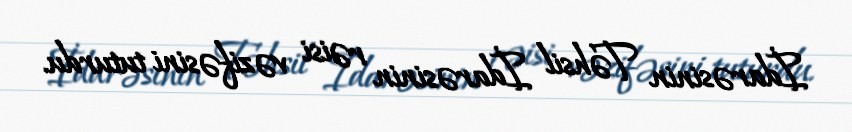
İdarəsinin Təhsil İdarəsinin rəisi vəzifəsini tuturdu.